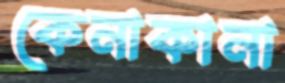
কেনাকানা